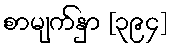
စာမျက်နှာ [၃၉၄]